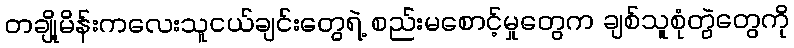
တချို့မိန်းကလေးသူငယ်ချင်းတွေရဲ့ စည်းမစောင့်မှုတွေက ချစ်သူစုံတွဲတွေကို